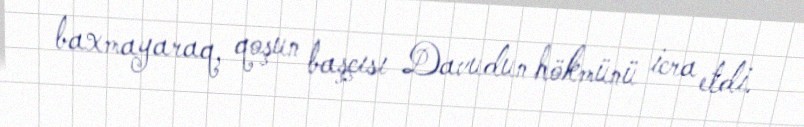
baxmayaraq, qoşun başçısı Davudun hökmünü icra etdi.